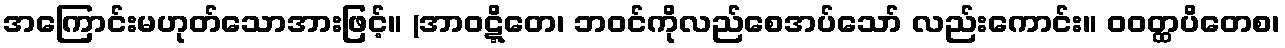
အကြောင်းမဟုတ်သောအားဖြင့်။ (အာဝဋ္ဋိတေ၊ ဘဝင်ကိုလည်စေအပ်သော် လည်းကောင်း။ ဝဝတ္ထပိတေစ၊